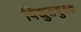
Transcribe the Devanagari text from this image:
विद्युतचुंबक